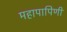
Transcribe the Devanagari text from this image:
महापापिणी